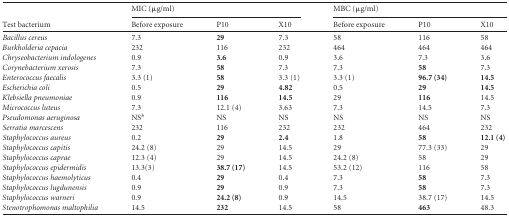
| <ROWSPAN=2> Test bacterium | <COLSPAN=3> MIC (μg/ml) | <COLSPAN=3> MBC (μg/ml) |
 | Before exposure | P10 | X10 | Before exposure | P10 | X10 |
 | --- | --- | --- | --- | --- | --- | --- |
 | Bacillus cereus | 7.3 | 29 | 7.3 | 58 | 116 | 58 |
 | Burkholderia cepacia | 232 | 116 | 232 | 464 | 464 | 464 |
 | Chryseobacterium indologenes | 0.9 | 3.6 | 0.9 | 3.6 | 7.3 | 3.6 |
 | Corynebacterium xerosis | 7.3 | 58 | 7.3 | 7.3 | 58 | 7.3 |
 | Enterococcus faecalis | 3.3 (1) | 58 | 3.3 (1) | 3.3 (1) | 96.7 (34) | 14.5 |
 | Escherichia coli | 0.5 | 29 | 4.82 | 0.5 | 29 | 14.5 |
 | Klebsiella pneumoniae | 0.9 | 116 | 14.5 | 29 | 116 | 14.5 |
 | Micrococcus luteus | 7.3 | 12.1 (4) | 3.63 | 7.3 | 14.5 | 7.3 |
 | Pseudomonas aeruginosa | NSb | NS | NS | NS | NS | NS |
 | Serratia marcescens | 232 | 116 | 232 | 232 | 464 | 232 |
 | Staphylococcus aureus | 0.2 | 29 | 2.4 | 1.8 | 58 | 12.1 (4) |
 | Staphylococcus capitis | 24.2 (8) | 29 | 14.5 | 29 | 77.3 (33) | 29 |
 | Staphylococcus caprae | 12.3 (4) | 29 | 14.5 | 24.2 (8) | 58 | 29 |
 | Staphylococcus epidermidis | 13.3(3) | 38.7 (17) | 14.5 | 53.2 (12) | 116 | 58 |
 | Staphylococcus haemolyticus | 0.4 | 29 | 0.4 | 7.3 | 58 | 7.3 |
 | Staphylococcus lugdunensis | 0.9 | 29 | 0.9 | 7.3 | 58 | 7.3 |
 | Staphylococcus warneri | 0.9 | 24.2 (8) | 0.9 | 14.5 | 38.7 (17) | 14.5 |
 | Stenotrophomonas maltophilia | 14.5 | 232 | 14.5 | 58 | 463 | 48.3 |